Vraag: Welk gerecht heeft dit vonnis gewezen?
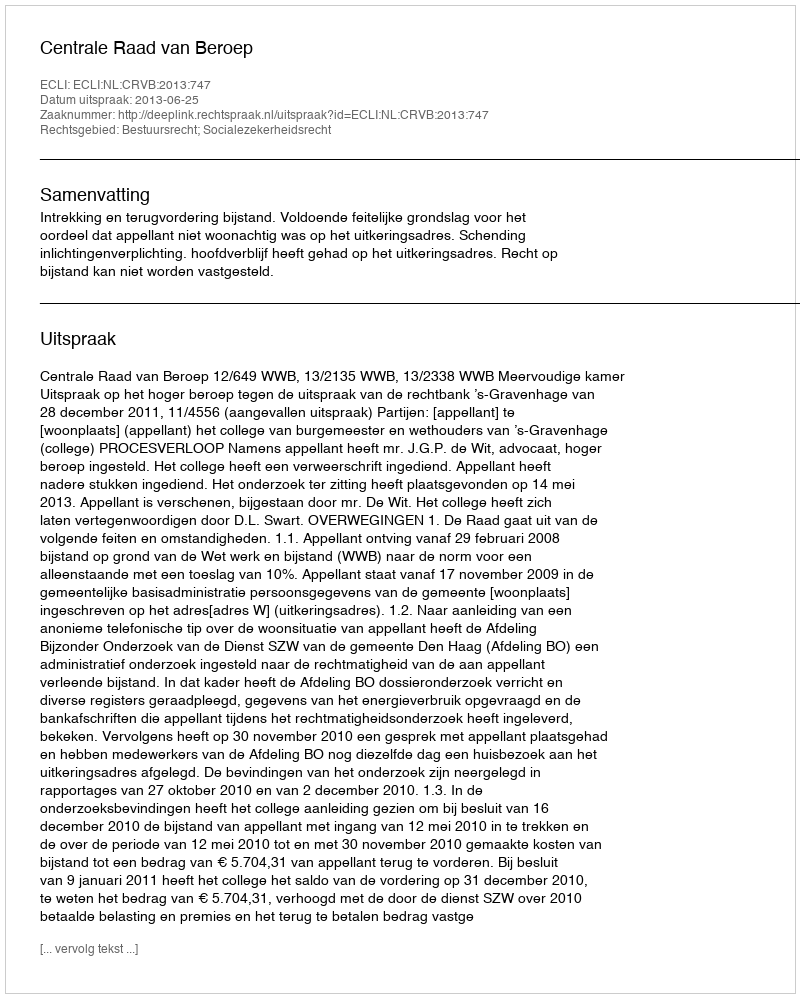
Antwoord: Centrale Raad van Beroep